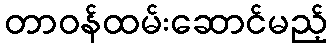
တာဝန်ထမ်းဆောင်မည့်